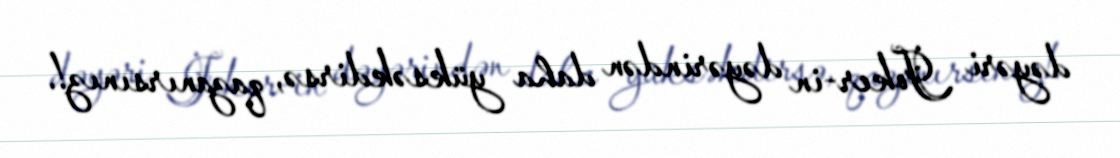
dəyəri Joker-in dəyərindən daha yüksəkdirsə, qazanırsınız!.